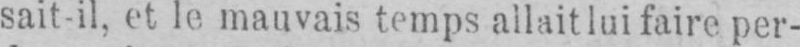
sait-il, et le mauvais temps allait lui faire per-